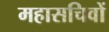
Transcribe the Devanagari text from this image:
महासचिवों